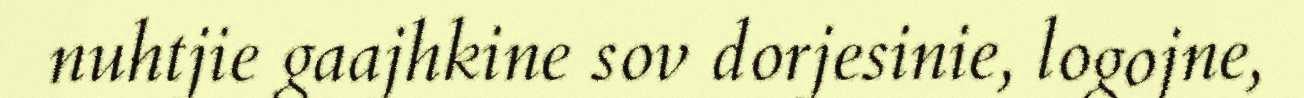
nuhtjie gaajhkine sov dorjesinie, logojne,